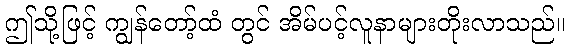
ဤသို့ဖြင့် ကျွန်တော့်ထံ တွင် အိမ်ပင့်လူနာများတိုးလာသည်။